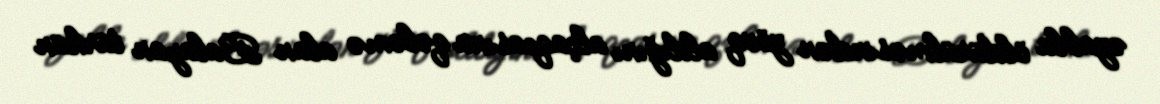
əzabla öldürülməsindən zövq aldığını alçaqcasına qələmə alan Balayan türkün